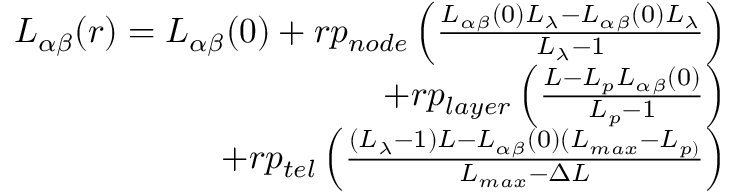
\begin{array} { r } { L _ { \alpha \beta } ( r ) = L _ { \alpha \beta } ( 0 ) + r p _ { n o d e } \left( \frac { L _ { \alpha \beta } ( 0 ) L _ { \lambda } - L _ { \alpha \beta } ( 0 ) L _ { \lambda } } { L _ { \lambda } - 1 } \right) } \\ { + r p _ { l a y e r } \left( \frac { L - L _ { p } L _ { \alpha \beta } ( 0 ) } { L _ { p } - 1 } \right) } \\ { + r p _ { t e l } \left( \frac { ( L _ { \lambda } - 1 ) L - L _ { \alpha \beta } ( 0 ) ( L _ { m a x } - L _ { p ) } } { L _ { m a x } - \Delta L } \right) } \end{array}